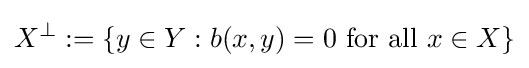
X^{\perp }:=\{y\in Y:b(x,y)=0{\text{ for all }}x\in X\}